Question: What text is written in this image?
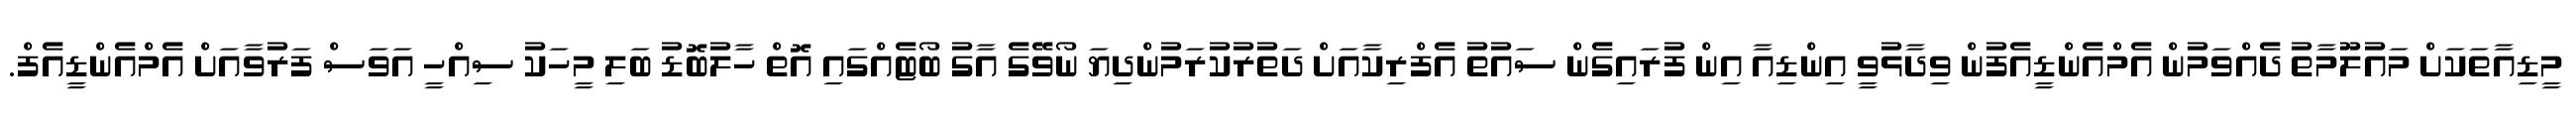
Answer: މީޑިއާތަކަށް މައުލޫމާތު ދެއްވަމުން އެމްއެންޑީއެފުން ވިދާޅުވީ އިންޑިއާ އިން ފުރައިގެން ސައުތު އެފްރިކާއަށް ދަތުރުކުރަމުންދިޔަ ނޯވޭގެ އާގު ބޯޓެއްގައި އޮތް ހާލުބޮޑު ބަލި މީހަކު ސިއްހީ އަވަސް ފަރުވާއަށް އެމްއެންޑީއެފް.